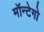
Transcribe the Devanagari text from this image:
मॉन्टेगो